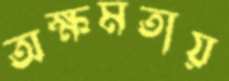
অক্ষমতায়